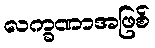
လက္ခဏာအဖြစ်